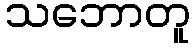
သဘောတူ